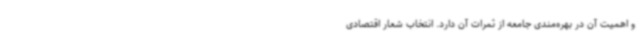
و اهمیت آن در بهره‌مندی جامعه از ثمرات آن دارد. انتخاب شعار اقتصادی